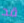
قد